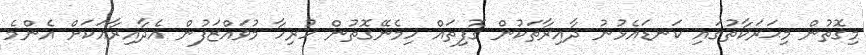
މިގޮތުން މިޙަރަކާތުގައި ކަނޑައެޅުނު ދާއިރާތަކުން ގޮފިތައް ހިމެނޭގޮތުން ހުރިހާ މުވައްޒަފުން އެދާއިރާއަކަށް އެންމެ